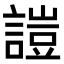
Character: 𧪚